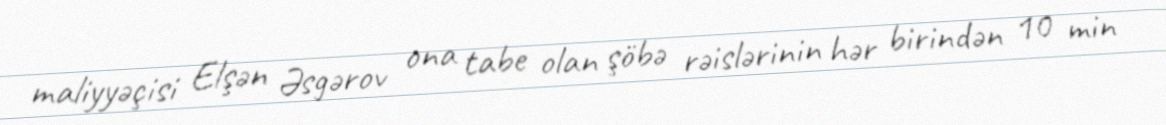
maliyyəçisi Elşən Əsgərov ona tabe olan şöbə rəislərinin hər birindən 10 min